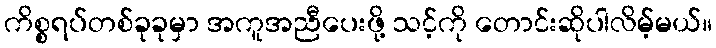
ကိစ္စရပ်တစ်ခုခုမှာ အကူအညီပေးဖို့ သင့်ကို တောင်းဆိုပါလိမ့်မယ်။